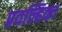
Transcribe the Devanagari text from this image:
प्रवल्हिका